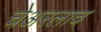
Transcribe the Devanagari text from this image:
चेअरलाच